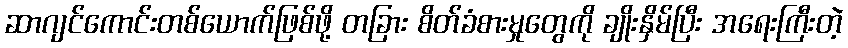
ဆာဂျင်ကောင်းတစ်ယောက်ဖြစ်ဖို့ တခြား စိတ်ခံစားမှုတွေကို ချိုးနှိမ်ပြီး အရေးကြီးတဲ့